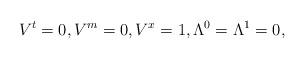
LaTeX: \begin{align*}V^t=0,V^m=0, V^x=1,\Lambda^0=\Lambda^1=0, \end{align*}